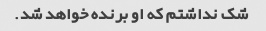
شک نداشتم که او برنده خواهد شد.